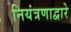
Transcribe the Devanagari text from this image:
नियंत्रणाद्वारे